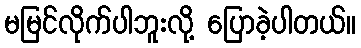
မမြင်လိုက်ပါဘူးလို့ ပြောခဲ့ပါတယ်။